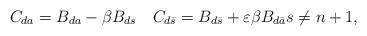
LaTeX: \begin{align*}C_{da} = B_{da} - \beta B_{ds} \quad C_{d\bar s} = B_{d\bar s} + \varepsilon\beta B_{d\bar a} s\neq n+1,\end{align*}